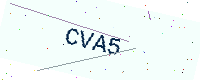
Text: CVA5